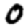
Digit: 0